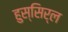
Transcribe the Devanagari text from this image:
हुस्सिर्ल